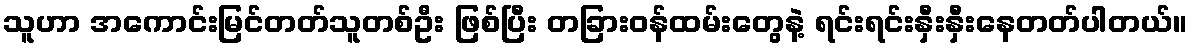
သူဟာ အကောင်းမြင်တတ်သူတစ်ဦး ဖြစ်ပြီး တခြားဝန်ထမ်းတွေနဲ့ ရင်းရင်းနှီးနှီးနေတတ်ပါတယ်။